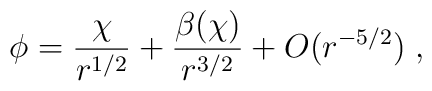
\phi =\frac{\chi }{r^{1/2}}+\frac{\beta (\chi )}{r^{3/2}}+O(r^{-5/2})\;,